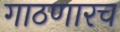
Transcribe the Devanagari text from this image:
गाठणारच